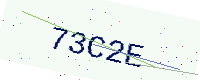
Text: 73C2E